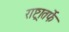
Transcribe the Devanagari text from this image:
राष्ट्रातर्फे